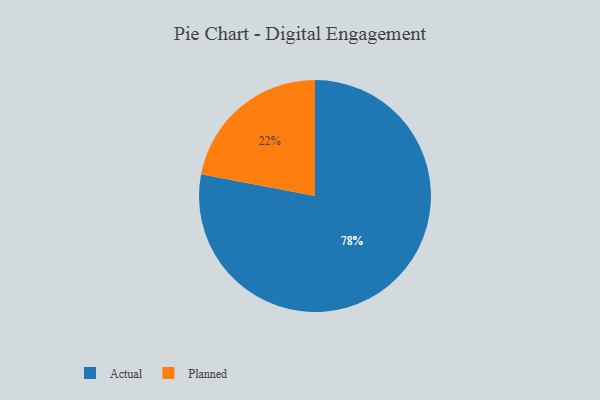
{"axis": {"x": "Category", "y": "Percentage"}, "legend": ["Actual", "Planned"], "data": [{"x": "Actual", "y": 78, "type": "Actual"}, {"x": "Planned", "y": 22, "type": "Planned"}]}